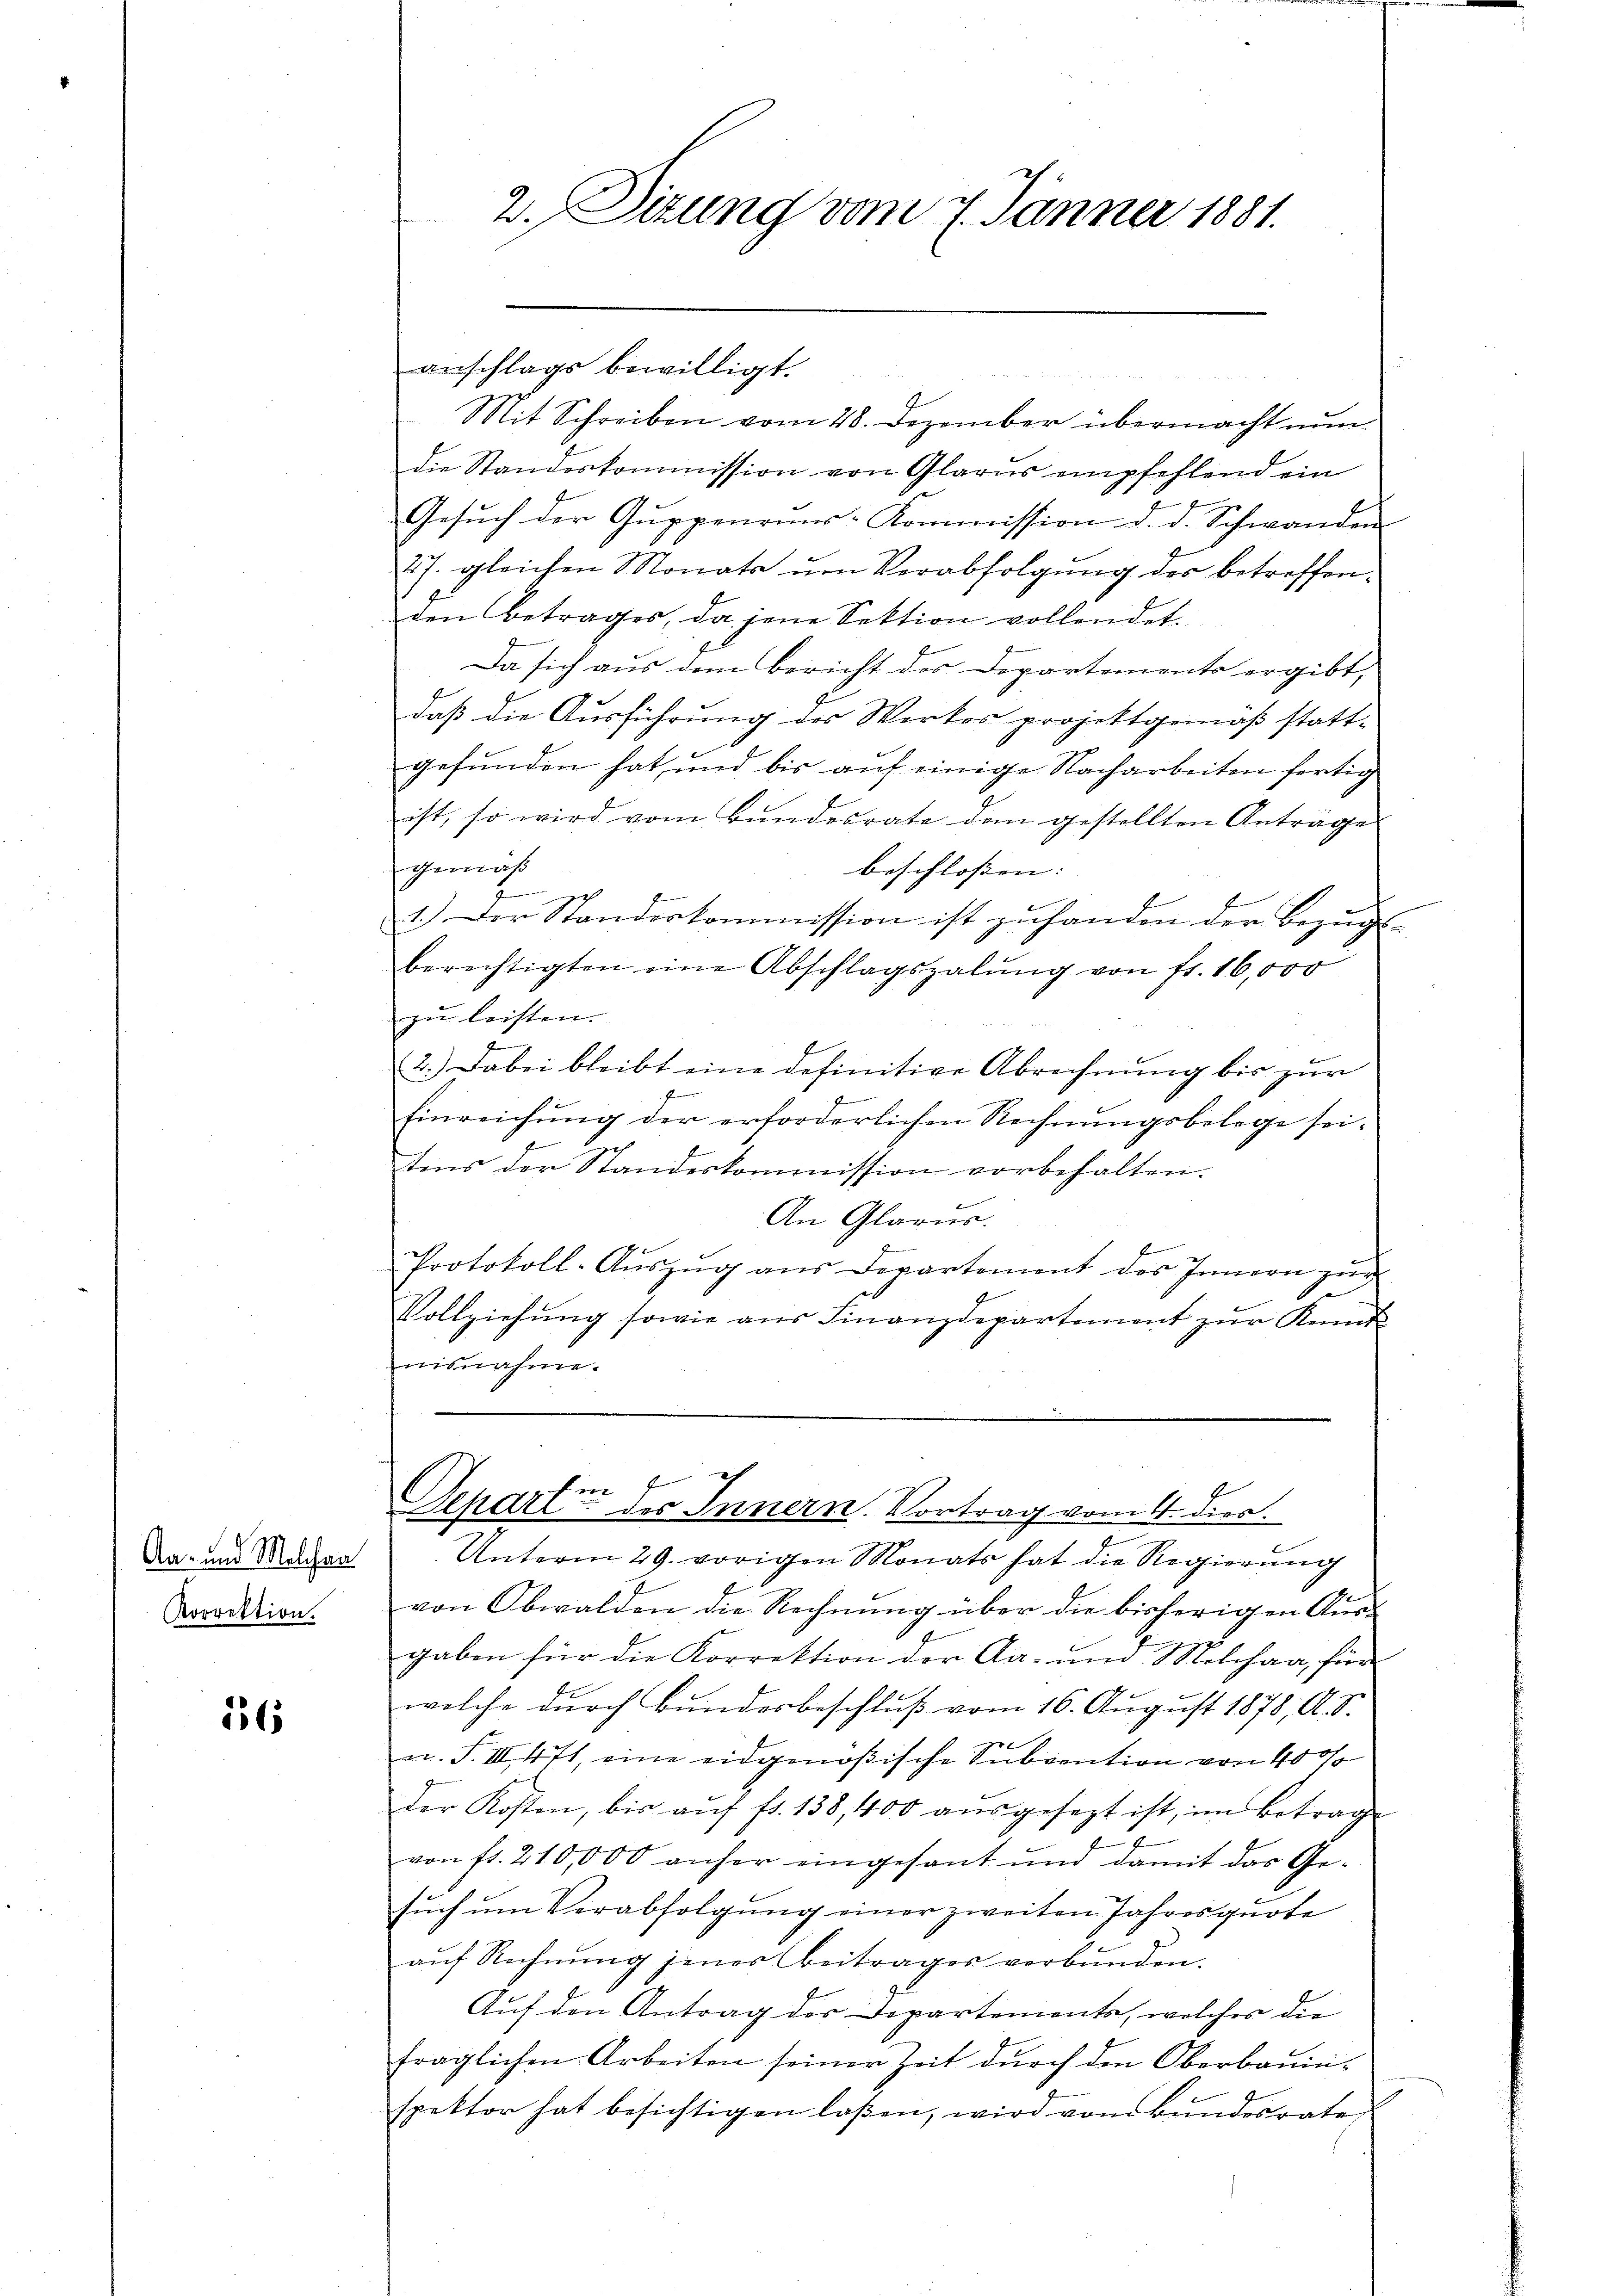
Aa- und Melchen
Korrektion.

556

2. Sizung vom 7. Jänner 1881.

anschlags bewilligt.
Mit Schreiben vom 28. Dezember übermacht nun
die Standeskommission von Glarus empfehlend ein
u
Gesuch der Guppenruns-Kommission d. d. Schwanden
27. gleichen Monats ŭm Verabfolgŭng des betreffenden Betrages, da jene Sektion vollendet.
Da sich aus dem Bericht des Departements ergibt,
daß die Ausführung des Werkes projektgemäß statt-
gefunden hat, und bis auf einige Nacharbeiten fertig
ist, so wird vom Bundesrate dem gestellten Anträge
gemäß
beschlossen: |
1.) Der Standeskommission ist zuhanden der Bezugs-
berechtigten eine Abschlagszalŭng von fr. 16,000
zu leisten.
2.) Dabei bleibt eine definitive Abrechnung bis zur
f
J
Einreichŭng der erforderlichen Rechnŭngsbelege sei-
tens der Standeskommission vorbehalten.
An Glarus.
Protokoll-Aŭszŭg ans Departement des Innern zu
1
Vollziehŭng sowie aŭs Finanzdepartement zŭr Kennt-
nisnahme.

f
Gehdte - des Innern. Vortrag vom 4. dies.
Unterm 29. vorigen Monats hat die Regierŭng

von Obwalden die Rechnung über die bisherigen Ausgaben für die Korrektion der Aa- und Melchaa, für
welche durch Bundesbeschluß vom 16. August 1878, A. S.
2
u. S. III 471, eine eidgenößische Subvention von 400
Der Kosten, bis aŭf fr. 138,400 aŭsgesezt ist, im Betrag
2
von fr. 210,000 anher eingesant und damit das Ge-
sŭch ŭm Verabfolgŭng einer zweiten Jahresquote
auf Rechnung jener Beitrages verbunden.
Auf den Antrag der Departements, welches die
fraglichen Arbeiten seiner Zeit durch den Oberbauinspektor hat besichtigen laßen, wird vom Bundesrate